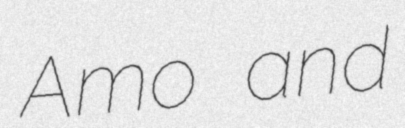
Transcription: Amo and